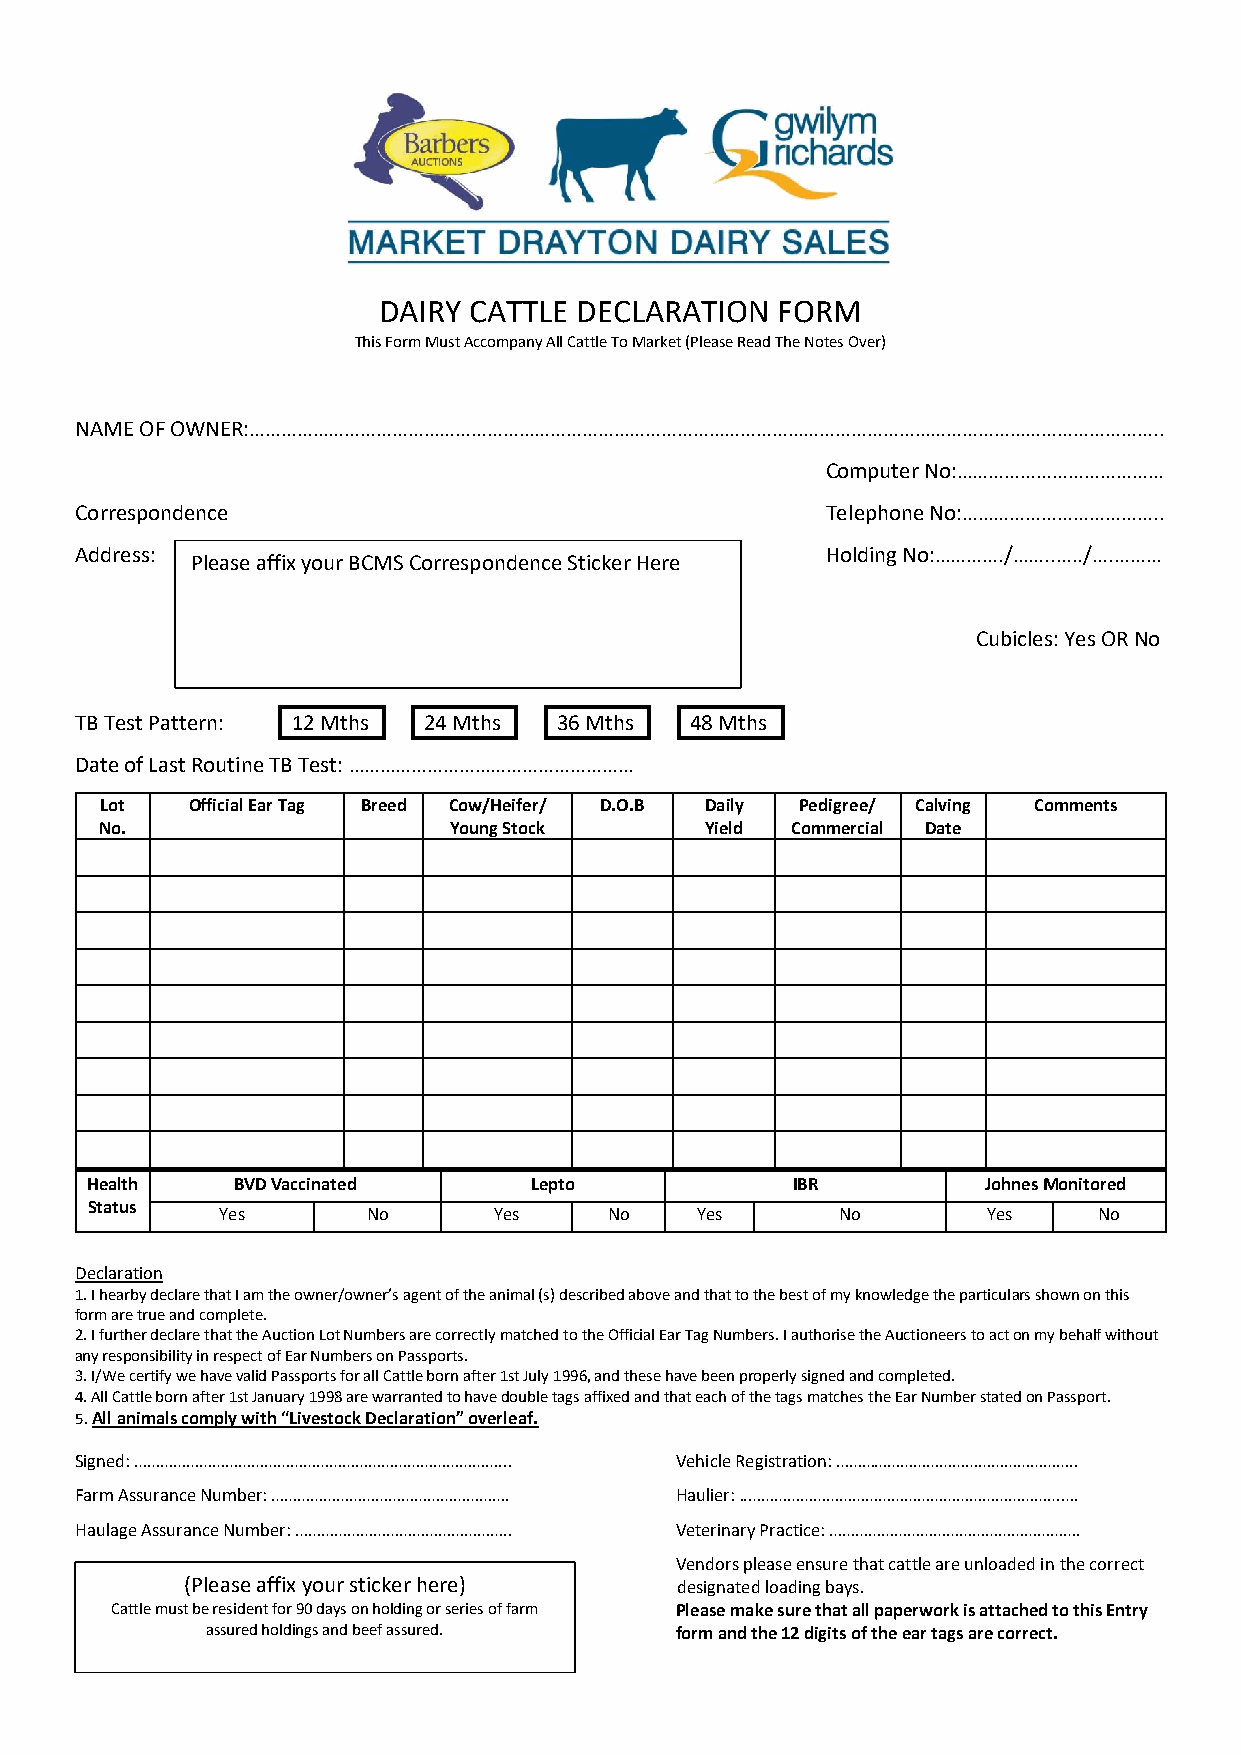
DAIRY CATTLE DECLARATION  FORM
 This Form Must Accompany All Cattle To Market (Please Read The Notes Over)
 NAME OF OWNER:………………………………………………………………………………………………………………………………………………………..
 Computer No:…………………………………
 Correspondence                                    Telephone No:………………………………..
 Address:                                          Holding No:…………./……..…../….………
 Please affix your BCMS Correspondence Sticker Here
 Cubicles: Yes OR No
 TB Test Pattern: 12 Mths 24 Mths 36 Mths 48 Mths
 Date of Last Routine TB Test: ………………………………………………
 Lot  Official Ear Tag Breed Cow/Heifer/ D.O.B Daily Pedigree/ Calving Comments
 No.                    Young Stock      Yield Commercial Date
 Health   BVD Vaccinated      Lepto            IBR          Johnes Monitored
 Status
 Yes      No       Yes    No    Yes       No       Yes     No
 Declaration
 1. I hearby declare that I am the owner/owner’s agent of the animal (s) described above and that to the best of my knowledge the particulars shown on this
 form are true and complete.
 2. I further declare that the Auction Lot Numbers are correctly matched to the Official Ear Tag Numbers. I authorise the Auctioneers to act on my behalf without
 any responsibility in respect of Ear Numbers on Passports.
 3. I/We certify we have valid Passports for all Cattle born after 1st July 1996, and these have been properly signed and completed.
 4. All Cattle born after 1st January 1998 are warranted to have double tags affixed and that each of the tags matches the Ear Number stated on Passport.
 5. All animals comply with “Livestock Declaration” overleaf.
 Signed: …………………………………………………………………………... Vehicle Registration: ………………………………………………..
 Farm Assurance Number: ………………………………………………. Haulier: ..………………………………………………………………….
 Haulage Assurance Number: ………………………………………….. Veterinary Practice: ………………………………………………….
 Vendors please ensure that cattle are unloaded in the correct
 (Please affix your sticker here) designated loading bays.
 Cattle must be resident for 90 days on holding or series of farm Please make sure that all paperwork is attached to this Entry
 assured holdings and beef assured. form and the 12 digits of the ear tags are correct.